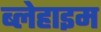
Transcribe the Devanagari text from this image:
ब्लेहाइम